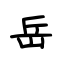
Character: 岳